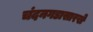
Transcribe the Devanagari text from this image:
चंदनगडासारखे